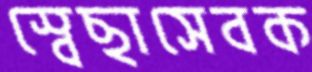
স্বেছাসেবক